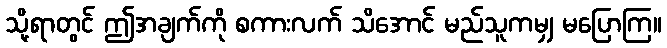
သို့ရာတွင် ဤအချက်ကို စကားလက် သိအောင် မည်သူကမျှ မပြောကြ။